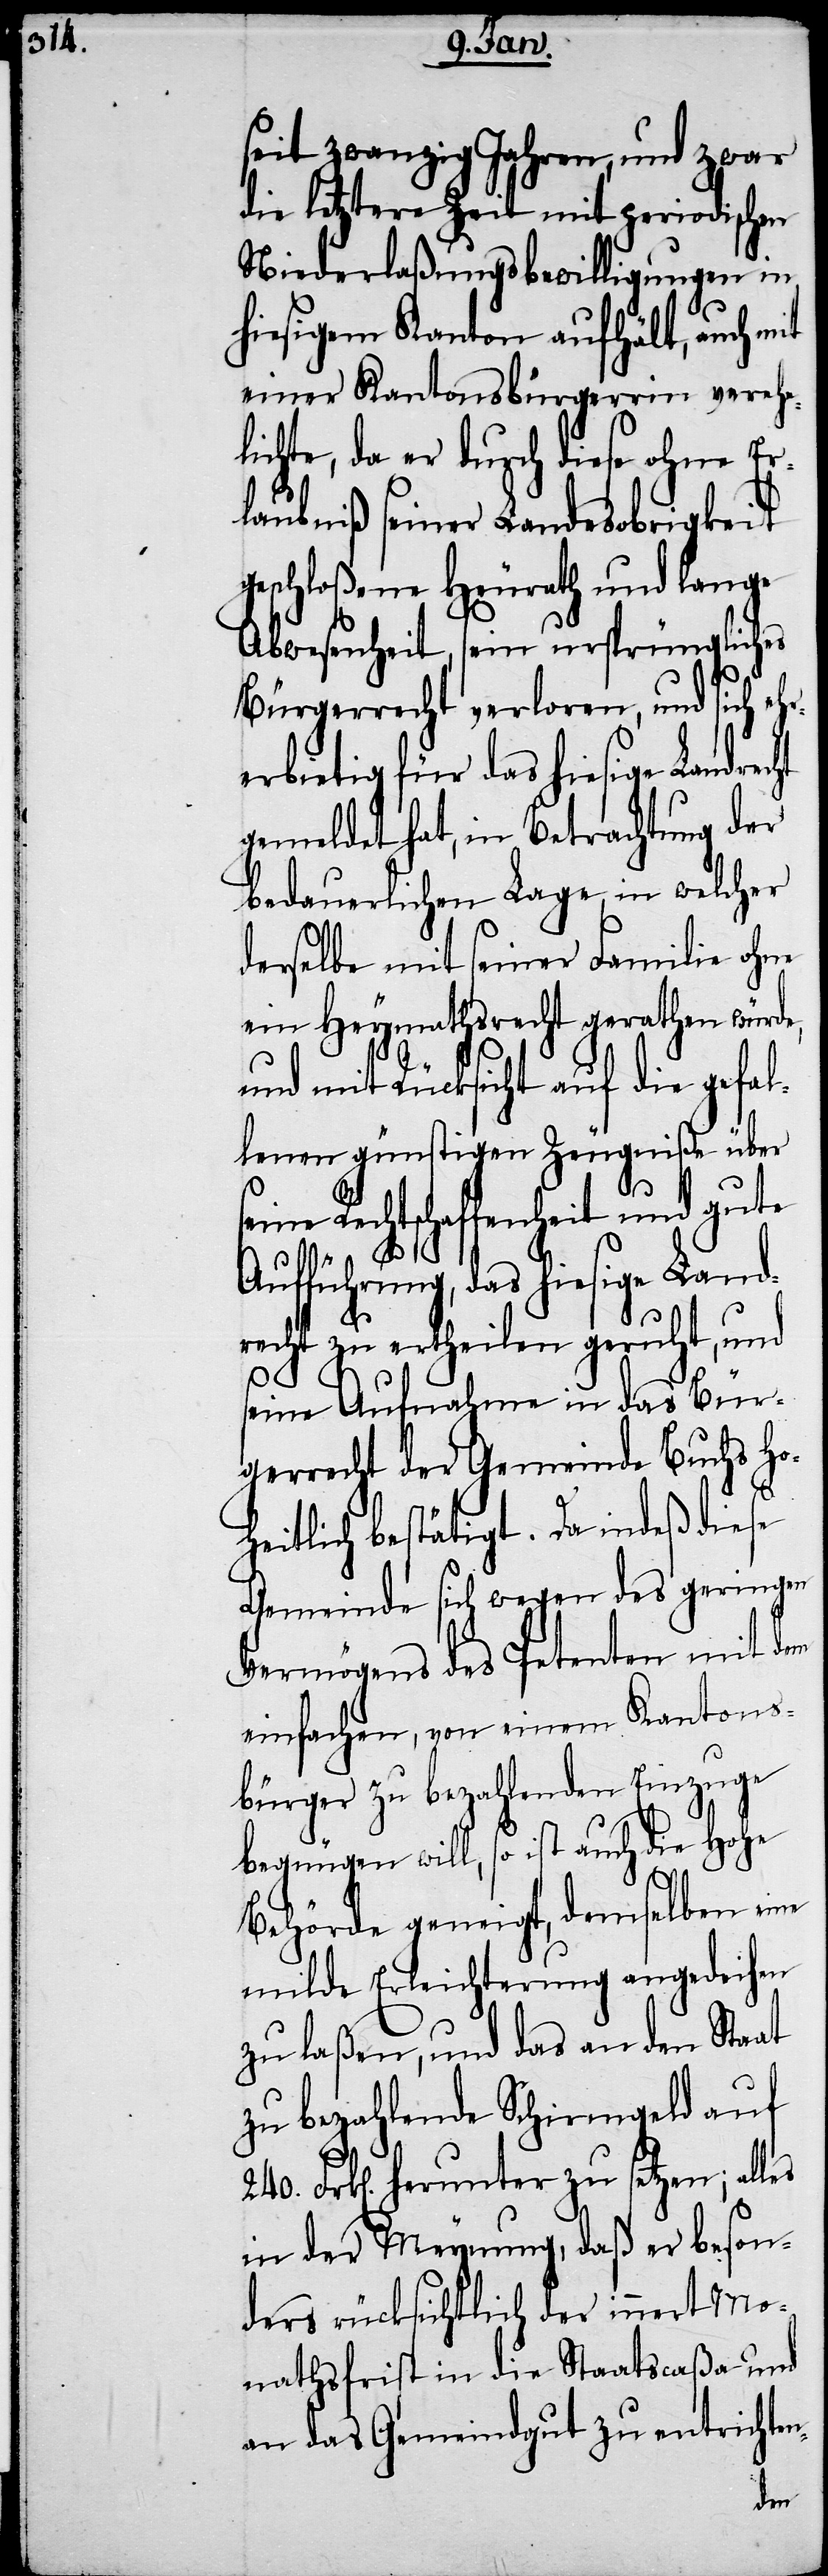
seit zwanzig Jahren, und zwar
die letztere Zeit mit periodischen
Niederlaßungsbewilligungen in
hiesigem Kanton aufhält, auch mit
einer Kantonsbürgerrin verehe¬
lichte, da er durch diese ohne Er¬
laubniß seiner Landesobrigkeit
geschloßene Heurath und lange
Abwesenheit, sein ursprüngliches
Bürgerrecht verloren, und sich ehr¬
erbietig für das hiesige Landrec¬
gemeldet hat, in Betrachtung der
bedauerlichen Lage, in welcher
derselbe mit seiner Familie ohne
ein Heymathsrecht gerathen würde,
und mit Rücksicht auf die gefal¬
lenen günstigen Zeugniße über
ine Rechtschaffenheit und gute
ht
Aufführung, das hiesige Land¬
recht zu ertheilen geruht, und
seine Aufnahme in das Bür¬
gerrecht der Gemeinde Buchs Ho¬
se¬
heitlich bestätigt. Da indeß diese
Gemeinde sich wegen des geringen
Vermögens des Petenten mit dem
einfachen, von einem Kantons¬
bürger zu bezahlenden Einzuge
begnügen will, so ist auch die Hohe
Behörde geneigt, demselben eine
milde Erleichterung angedeihen
zu laßen, und das an den Staat
zu bezahlende Schirmgeld auf
240. Frk[en]. herunter zu setzen; alles
in der Meynung, daß er beson¬
ders rücksichtlich der innert Mo¬
nathsfrist in die Staatscaßa und
an das Gemeindgut zu entrichten-